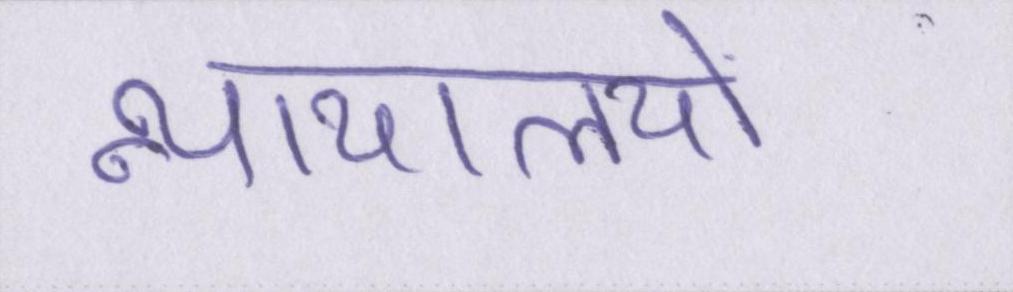
न्यायालयो